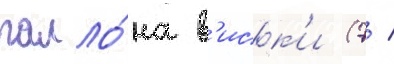
галло́на в'иск'и (7 /